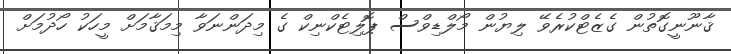
ޤާނޫނީގޮތުން ގެޒެޓްކުރެވޭ ލިޔުން މޯލްޑިވްސް ޕޮލިޓެކްނިކް ގެ މިދަންނަވާ މިމަޤާމަށް މީހަކު ހޯދުމަށް